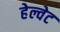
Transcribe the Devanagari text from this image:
हेल्वेट